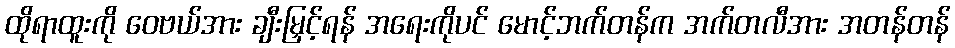
ထိုရာထူးကို ဝေဗယ်အား ချီးမြှင့်ရန် အရေးကိုပင် မောင့်ဘက်တန်က အက်တလီအား အတန်တန်